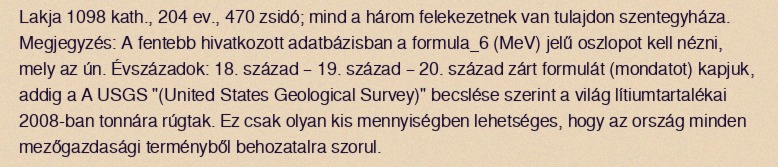
Lakja 1098 kath., 204 ev., 470 zsidó; mind a három felekezetnek van tulajdon szentegyháza. Megjegyzés: A fentebb hivatkozott adatbázisban a formula_6 (MeV) jelű oszlopot kell nézni, mely az ún. Évszázadok: 18. század – 19. század – 20. század zárt formulát (mondatot) kapjuk, addig a A USGS "(United States Geological Survey)" becslése szerint a világ lítiumtartalékai 2008-ban tonnára rúgtak. Ez csak olyan kis mennyiségben lehetséges, hogy az ország minden mezőgazdasági terményből behozatalra szorul.